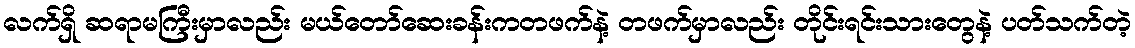
လက်ရှိ ဆရာမကြီးမှာလည်း မယ်တော်ဆေးခန်းကတဖက်နဲ့ တဖက်မှာလည်း တိုင်းရင်းသားတွေနဲ့ ပတ်သက်တဲ့